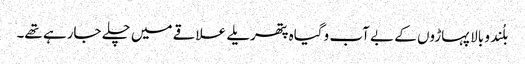
بلُند و بالا پہاڑوں کے بے آب وگیاہ پتھریلے علاقے میں چلے جارہے تھے۔